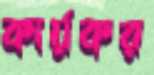
কার্য়কর